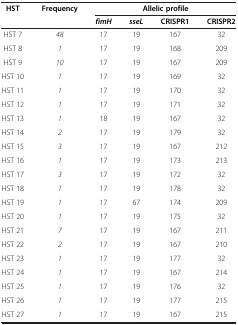
<table><thead><tr><td rowspan="2"><b>HST</b></td><td rowspan="2"><b>Frequency</b></td><td colspan="4"><b>Allelic profile</b></td></tr><tr><td><b><i>fimH</i></b></td><td><b><i>sseL</i></b></td><td><b>CRISPR1</b></td><td><b>CRISPR2</b></td></tr></thead><tbody><tr><td>HST 7</td><td><i>48</i></td><td>17</td><td>19</td><td>167</td><td>32</td></tr><tr><td>HST 8</td><td><i>1</i></td><td>17</td><td>19</td><td>168</td><td>209</td></tr><tr><td>HST 9</td><td><i>10</i></td><td>17</td><td>19</td><td>167</td><td>209</td></tr><tr><td>HST 10</td><td><i>1</i></td><td>17</td><td>19</td><td>169</td><td>32</td></tr><tr><td>HST 11</td><td><i>1</i></td><td>17</td><td>19</td><td>170</td><td>32</td></tr><tr><td>HST 12</td><td><i>1</i></td><td>17</td><td>19</td><td>171</td><td>32</td></tr><tr><td>HST 13</td><td><i>1</i></td><td>18</td><td>19</td><td>167</td><td>32</td></tr><tr><td>HST 14</td><td><i>2</i></td><td>17</td><td>19</td><td>179</td><td>32</td></tr><tr><td>HST 15</td><td><i>3</i></td><td>17</td><td>19</td><td>167</td><td>212</td></tr><tr><td>HST 16</td><td><i>1</i></td><td>17</td><td>19</td><td>173</td><td>213</td></tr><tr><td>HST 17</td><td><i>3</i></td><td>17</td><td>19</td><td>172</td><td>32</td></tr><tr><td>HST 18</td><td><i>1</i></td><td>17</td><td>19</td><td>178</td><td>32</td></tr><tr><td>HST 19</td><td><i>1</i></td><td>17</td><td>67</td><td>174</td><td>209</td></tr><tr><td>HST 20</td><td><i>1</i></td><td>17</td><td>19</td><td>175</td><td>32</td></tr><tr><td>HST 21</td><td><i>7</i></td><td>17</td><td>19</td><td>167</td><td>211</td></tr><tr><td>HST 22</td><td><i>2</i></td><td>17</td><td>19</td><td>167</td><td>210</td></tr><tr><td>HST 23</td><td><i>1</i></td><td>17</td><td>19</td><td>177</td><td>32</td></tr><tr><td>HST 24</td><td><i>1</i></td><td>17</td><td>19</td><td>167</td><td>214</td></tr><tr><td>HST 25</td><td><i>1</i></td><td>17</td><td>19</td><td>176</td><td>32</td></tr><tr><td>HST 26</td><td><i>1</i></td><td>17</td><td>19</td><td>177</td><td>215</td></tr><tr><td>HST 27</td><td><i>1</i></td><td>17</td><td>19</td><td>167</td><td>215</td></tr></tbody></table>